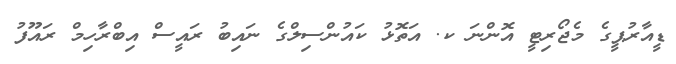
ޑީއާރުޕީގެ މެޖޯރިޓީ އޮންނަ ކ. އަތޮޅު ކައުންސިލްގެ ނައިބު ރައީސް އިބްރާހިމް ރައޫފު